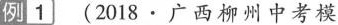
例1 (2018·广西柳州中考模